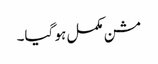
مشن مکمل ہو گیا۔